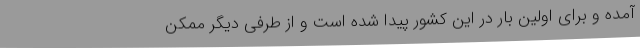
آمده و برای اولین بار در این کشور پیدا شده است و از طرفی دیگر ممکن